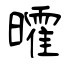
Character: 曤